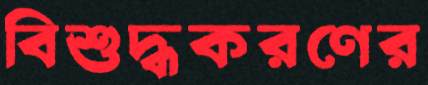
বিশুদ্ধকরণের